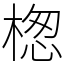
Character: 楤